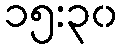
၁၅:၃၀